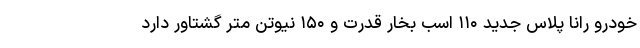
خودرو رانا پلاس جدید ۱۱۰ اسب بخار قدرت و ۱۵۰ نیوتن متر گشتاور دارد